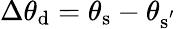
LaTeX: \Delta\theta_{\mathrm{{d}}}=\theta_{\mathrm{{s}}}-\theta_{\mathrm{{s}^{'}}}